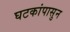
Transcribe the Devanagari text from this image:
घटकांपासुन